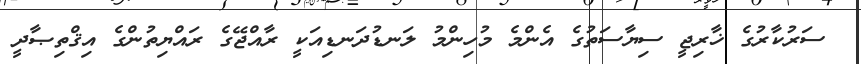
ސަރުކާރުގެ ޚާރިޖީ ސިޔާސަތުގެ އެންމެ މުހިންމު ލަނޑުދަނޑިއަކީ ރާއްޖޭގެ ރައްޔިތުންގެ އިޤްތިޞާދީ